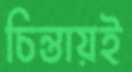
চিন্তায়ই